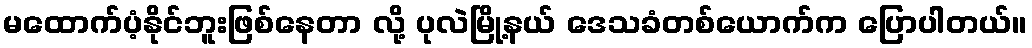
မထောက်ပံ့နိုင်ဘူးဖြစ်နေတာ လို့ ပုလဲမြို့နယ် ဒေသခံတစ်ယောက်က ပြောပါတယ်။